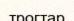
трогтар